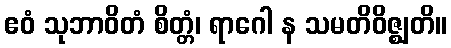
ဧဝံ သုဘာဝိတံ စိတ္တံ၊ ရာဂေါ န သမတိဝိဇ္ဈတိ။